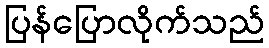
ပြန်ပြောလိုက်သည်